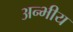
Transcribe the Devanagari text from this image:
अन्भीय